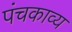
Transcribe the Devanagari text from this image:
पंचकाव्य